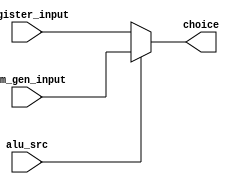
module alu_mux (register_input,imm_gen_input,alu_src,choice);
    input [31:0] register_input, imm_gen_input;
    input alu_src;
    output reg [31:0] choice;

    always @(alu_src or register_input or imm_gen_input) begin
        if (alu_src)
            choice = imm_gen_input;
        else
            choice = register_input;
    end
endmodule